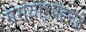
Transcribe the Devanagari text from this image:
गंगयाऽपह्नते